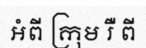
អំពី ក្រុម រឺ ពី